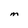
Character: M